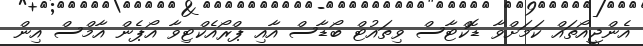
އެންޖީއޯތައް ކަމަށްވާ ޑޮކްޓާސް ވިތައުޓް ބޯޑާސް އާއި ޕްރޯއެކްޓިވާ އޯޕެން އާމްސް އިން